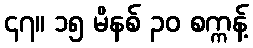
၄၇။ ၁၅ မိနစ် ၃၀ စက္ကန့်